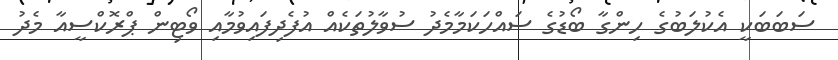
ސަބަބަކީ އެކުލަބުގެ ހިންގާ ބޯޑުގެ ސައްހަކަމާމެދު ސުވާލުތަކެއް އުފެދިފައިވުމާއި ވޯޓިން ޕްރޮކްސީއާ މެދު